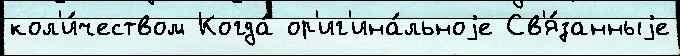
кол'и́чеством Когда́ ор'иг'ина́льноjе Св'я́занныjе